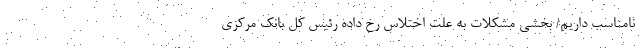
نامناسب داریم/ بخشی مشکلات به علت اختلاس رخ داده رئیس کل بانک مرکزی